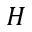
H